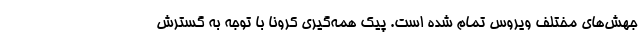
جهش‌های مختلف ویروس تمام شده است. پیک همه‌گیری کرونا با توجه به گسترش